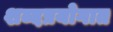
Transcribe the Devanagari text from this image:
शब्दप्रयोगात